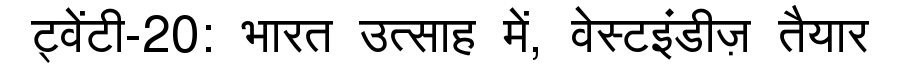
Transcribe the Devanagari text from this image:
ट्वेंटी-20: भारत उत्साह में, वेस्टइंडीज़ तैयार